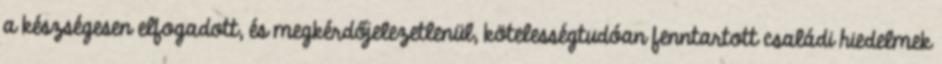
a készségesen elfogadott, és megkérdőjelezetlenül, kötelességtudóan fenntartott családi hiedelmek